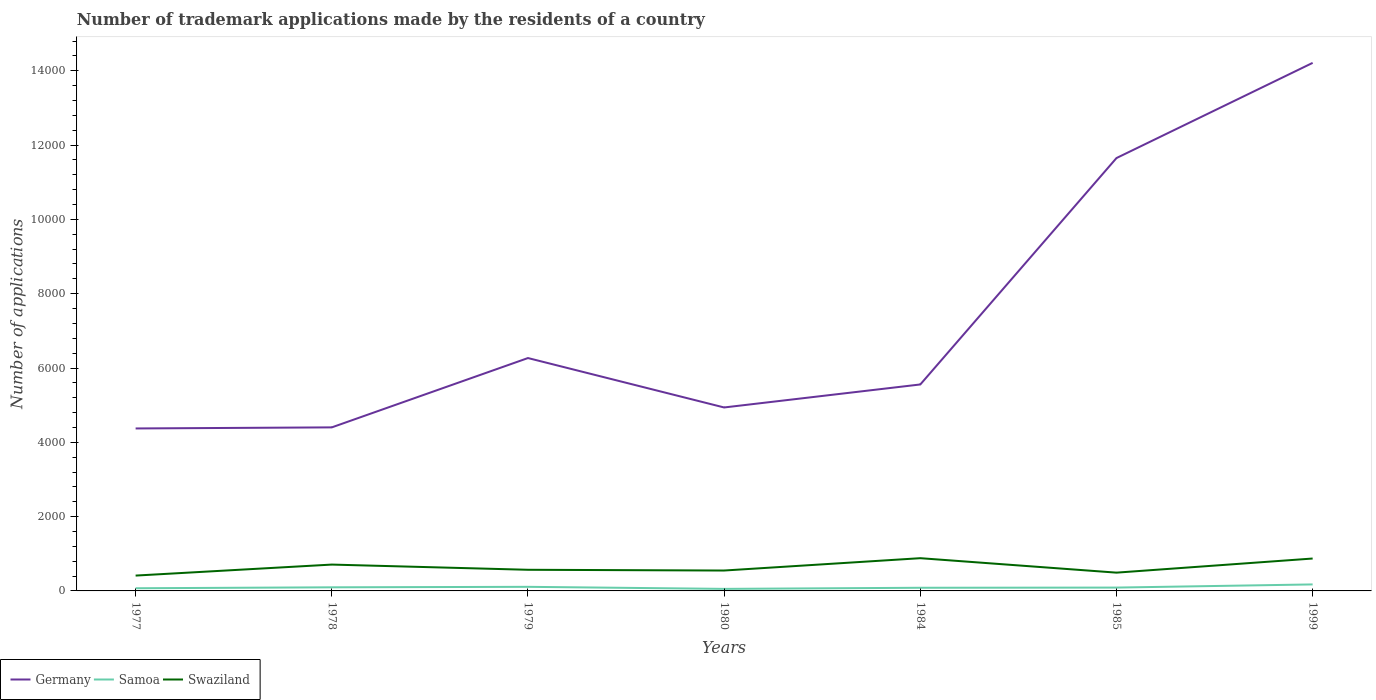
| Years | Germany | Samoa | Swaziland |
 | --- | --- | --- | --- |
 | 1977 | 4.37e+03 | 72 | 413 |
 | 1978 | 4.4e+03 | 97 | 709 |
 | 1979 | 6.27e+03 | 110 | 569 |
 | 1980 | 4.94e+03 | 55 | 549 |
 | 1984 | 5.56e+03 | 85 | 881 |
 | 1985 | 1.17e+04 | 90 | 492 |
 | 1999 | 1.42e+04 | 175 | 872 |